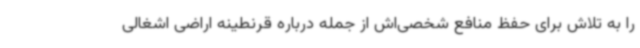
را به تلاش برای حفظ منافع شخصی‌اش از جمله درباره قرنطینه اراضی اشغالی